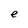
Character: e